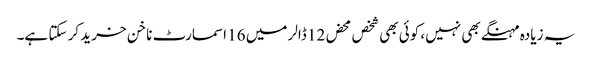
یہ زیادہ مہنگے بھی نہیں، کوئی بھی شخص محض 12 ڈالر میں 16 اسمارٹ ناخن خرید کر سکتا ہے۔